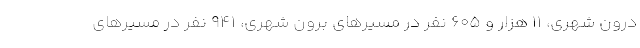
درون شهری، ۱۱ هزار و ۶۰۵ نفر در مسیرهای برون شهری، ۹۴۱ نفر در مسیرهای